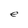
Character: e